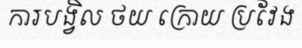
ការបង្វិល ថយ ក្រោយ ប្រវែង